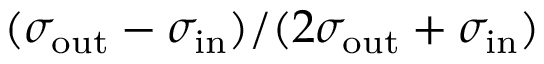
( \sigma _ { \mathrm { o u t } } - \sigma _ { \mathrm { i n } } ) / ( 2 \sigma _ { \mathrm { o u t } } + \sigma _ { \mathrm { i n } } )